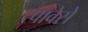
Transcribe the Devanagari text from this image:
पावेसे